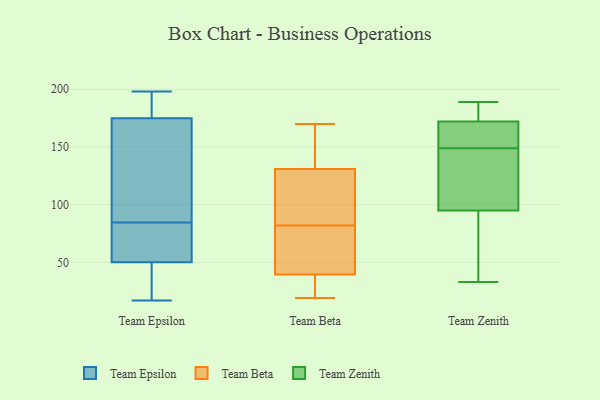
{"axis": {"x": "Customer Acquisition Cost (USD)", "y": "Value"}, "legend": ["Team Beta", "Team Epsilon", "Team Zenith"], "data": [{"x": "", "y": 161, "type": "Team Epsilon"}, {"x": "", "y": 81, "type": "Team Epsilon"}, {"x": "", "y": 149, "type": "Team Epsilon"}, {"x": "", "y": 45, "type": "Team Epsilon"}, {"x": "", "y": 184, "type": "Team Epsilon"}, {"x": "", "y": 168, "type": "Team Epsilon"}, {"x": "", "y": 177, "type": "Team Epsilon"}, {"x": "", "y": 18, "type": "Team Epsilon"}, {"x": "", "y": 51, "type": "Team Epsilon"}, {"x": "", "y": 50, "type": "Team Epsilon"}, {"x": "", "y": 17, "type": "Team Epsilon"}, {"x": "", "y": 198, "type": "Team Epsilon"}, {"x": "", "y": 70, "type": "Team Epsilon"}, {"x": "", "y": 88, "type": "Team Epsilon"}, {"x": "", "y": 178, "type": "Team Epsilon"}, {"x": "", "y": 71, "type": "Team Epsilon"}, {"x": "", "y": 175, "type": "Team Epsilon"}, {"x": "", "y": 20, "type": "Team Epsilon"}, {"x": "", "y": 31, "type": "Team Beta"}, {"x": "", "y": 128, "type": "Team Beta"}, {"x": "", "y": 159, "type": "Team Beta"}, {"x": "", "y": 138, "type": "Team Beta"}, {"x": "", "y": 59, "type": "Team Beta"}, {"x": "", "y": 123, "type": "Team Beta"}, {"x": "", "y": 105, "type": "Team Beta"}, {"x": "", "y": 170, "type": "Team Beta"}, {"x": "", "y": 132, "type": "Team Beta"}, {"x": "", "y": 62, "type": "Team Beta"}, {"x": "", "y": 19, "type": "Team Beta"}, {"x": "", "y": 19, "type": "Team Beta"}, {"x": "", "y": 69, "type": "Team Beta"}, {"x": "", "y": 82, "type": "Team Beta"}, {"x": "", "y": 33, "type": "Team Beta"}, {"x": "", "y": 188, "type": "Team Zenith"}, {"x": "", "y": 33, "type": "Team Zenith"}, {"x": "", "y": 52, "type": "Team Zenith"}, {"x": "", "y": 160, "type": "Team Zenith"}, {"x": "", "y": 95, "type": "Team Zenith"}, {"x": "", "y": 69, "type": "Team Zenith"}, {"x": "", "y": 158, "type": "Team Zenith"}, {"x": "", "y": 181, "type": "Team Zenith"}, {"x": "", "y": 146, "type": "Team Zenith"}, {"x": "", "y": 189, "type": "Team Zenith"}, {"x": "", "y": 148, "type": "Team Zenith"}, {"x": "", "y": 150, "type": "Team Zenith"}, {"x": "", "y": 172, "type": "Team Zenith"}, {"x": "", "y": 133, "type": "Team Zenith"}]}